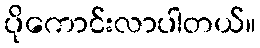
ပိုကောင်းလာပါတယ်။